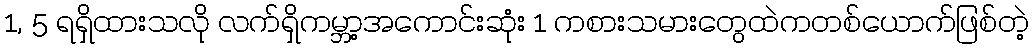
1, 5 ရရှိထားသလို လက်ရှိကမ္ဘာ့အကောင်းဆုံး 1 ကစားသမားတွေထဲကတစ်ယောက်ဖြစ်တဲ့